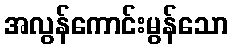
အလွန်ကောင်းမွန်သော